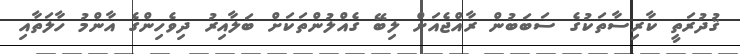
ޤުދުރަތީ ކާރިސާތަކުގެ ސަބަބުން ރާއްޖެއަށް ލިބޭ ގެއްލުންތަކަށް ބަލާއިރު ދިވެހިންގެ އާންމު ހާލަތާއި